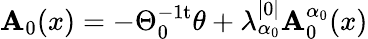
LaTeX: \mathbf{A}_{0}(x)=-\Theta_{0}^{-1\mathrm{{t}}}\theta+\lambda_{\alpha_{0}}^{|0|}\mathbf{A}_{0}^{\alpha_{0}}(x)